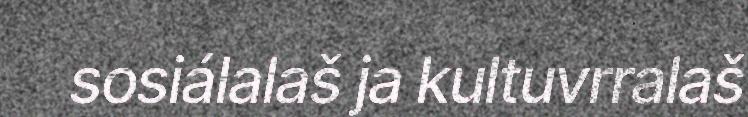
sosiálalaš ja kultuvrralaš